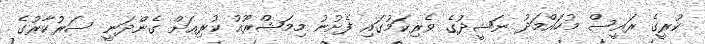
ކުރީގެ ރައީސް މުހައްމަދު ނަޝީދުގެ ވެރިކަމުގައި ފެށުނު މިމަޝްރޫއު ކުރިއަށް ގެންދަނީ ސަރުކާރުގެ